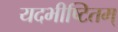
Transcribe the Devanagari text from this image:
यदभीष्टितम्